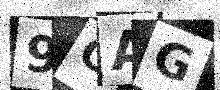
Text: 9OAG